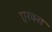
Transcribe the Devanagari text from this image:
एरक्स